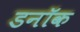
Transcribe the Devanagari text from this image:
डनॉक